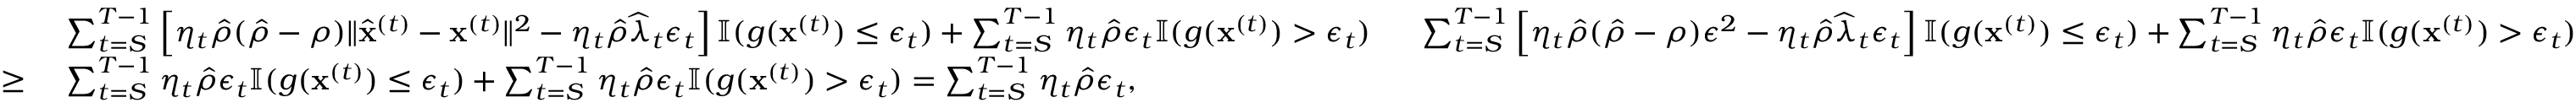
\begin{array} { r l r } & { ~ \sum _ { t = S } ^ { T - 1 } \left[ \eta _ { t } \hat { \rho } ( \hat { \rho } - \rho ) \| \widehat { \mathbf x } ^ { ( t ) } - { \mathbf x } ^ { ( t ) } \| ^ { 2 } - \eta _ { t } \hat { \rho } \widehat \lambda _ { t } \epsilon _ { t } \right] \mathbb { I } ( g ( { \mathbf x } ^ { ( t ) } ) \leq \epsilon _ { t } ) + \sum _ { t = S } ^ { T - 1 } \eta _ { t } \hat { \rho } \epsilon _ { t } \mathbb { I } ( g ( { \mathbf x } ^ { ( t ) } ) > \epsilon _ { t } ) \ } & { ~ \sum _ { t = S } ^ { T - 1 } \left[ \eta _ { t } \hat { \rho } ( \hat { \rho } - \rho ) \epsilon ^ { 2 } - \eta _ { t } \hat { \rho } \widehat \lambda _ { t } \epsilon _ { t } \right] \mathbb { I } ( g ( { \mathbf x } ^ { ( t ) } ) \leq \epsilon _ { t } ) + \sum _ { t = S } ^ { T - 1 } \eta _ { t } \hat { \rho } \epsilon _ { t } \mathbb { I } ( g ( { \mathbf x } ^ { ( t ) } ) > \epsilon _ { t } ) } \\ { \geq } & { ~ \sum _ { t = S } ^ { T - 1 } \eta _ { t } \hat { \rho } \epsilon _ { t } \mathbb { I } ( g ( { \mathbf x } ^ { ( t ) } ) \leq \epsilon _ { t } ) + \sum _ { t = S } ^ { T - 1 } \eta _ { t } \hat { \rho } \epsilon _ { t } \mathbb { I } ( g ( { \mathbf x } ^ { ( t ) } ) > \epsilon _ { t } ) = \sum _ { t = S } ^ { T - 1 } \eta _ { t } \hat { \rho } \epsilon _ { t } , } \end{array}